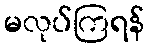
မလုပ်ကြရန်